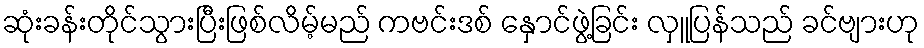
ဆုံးခန်းတိုင်သွားပြီးဖြစ်လိမ့်မည် ကဗင်းဒစ် နှောင်ဖွဲ့ခြင်း လှူပြန်သည် ခင်ဗျားဟု